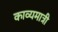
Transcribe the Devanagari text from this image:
काव्यमात्री